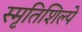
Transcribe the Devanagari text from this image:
स्मृतिशिल्पे